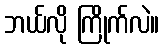
ဘယ်လို ကြိုက်လဲ။